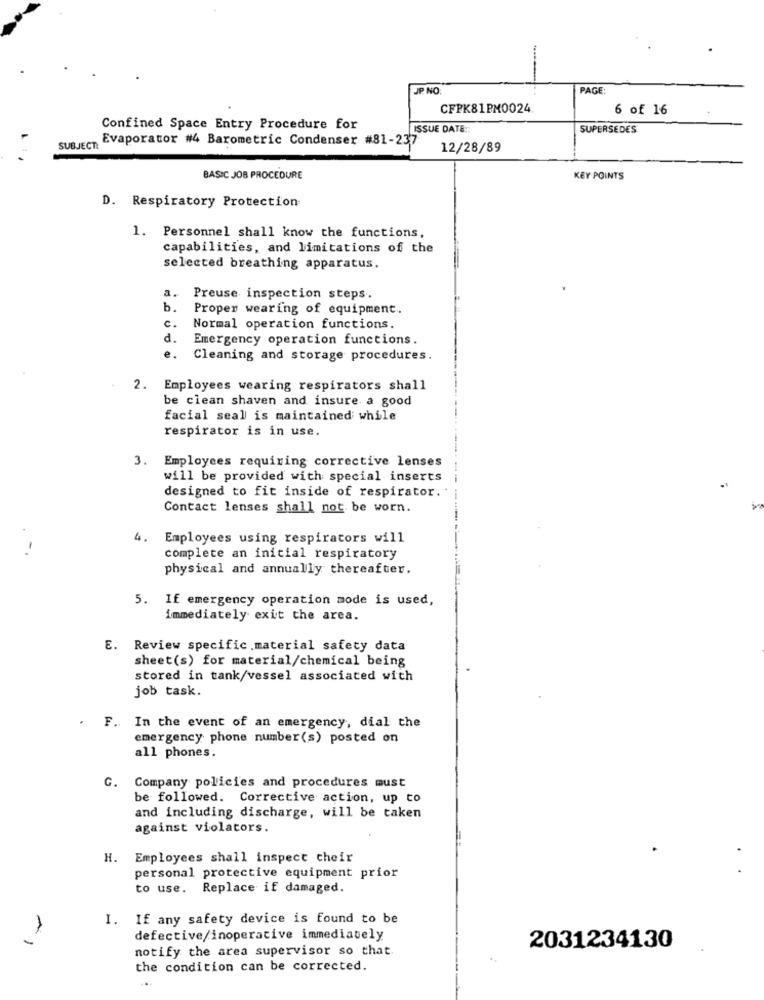
JP NO
PAGE:
CFPK81PM0024
6 of 16
Confined Space Entry Procedure for
ISSUE DATE ::
SUPERSEDES
SUBJECT:
Evaporator #4 Barometric Condenser #81-237
12/28/89
BASIC JOB PROCEDURE
KEY POINTS
D. Respiratory Protection
1. Personnel shall know the functions,
capabilities, and limitations of the
selected breathing apparatus.
a.
Preuse inspection steps.
b.
Proper wearing of equipment.
c.
Normal operation functions.
d.
Emergency operation functions.
e.
Cleaning and storage procedures.
2. Employees wearing respirators shall
be clean shaven and insure a good
facial seal is maintained while
respirator is in use.
3. Employees requiring corrective lenses
will be provided with special inserts
designed to fit inside of respirator.
Contact lenses shall not be worn.
4. Employees using respirators will
complete an initial respiratory
physical and annually thereafter.
5. If emergency operation mode is used,
immediately exit the area.
E. Review specific material safety data
sheet(s) for material/chemical being
stored in tank/vessel associated with
job task.
F. In the event of an emergency, dial the
emergency phone number(s) posted on
all phones.
G.
Company policies and procedures must
be followed. Corrective action, up to
and including discharge, will be taken
against violators.
H. Employees shall inspect cheir
personal protective equipment prior
to use. Replace if damaged.
I. If any safety device is found to be
defective/inoperative immediately
notify the area supervisor so that
2031234130
the condition can be corrected.